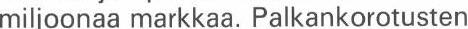
miljoonaa markkaa. Palkankorotusten